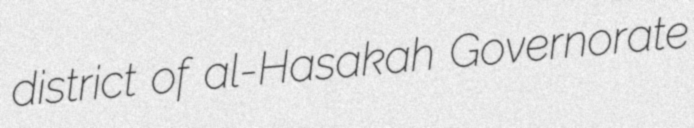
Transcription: district of al-Hasakah Governorate